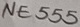
Text: NE555